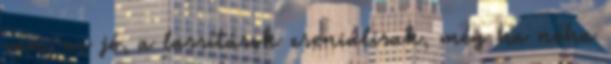
van, az jó, a lassítások zseniálisak, még ha néha